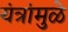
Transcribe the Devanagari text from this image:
यंत्रांमुळे